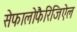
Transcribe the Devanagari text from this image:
सेफालोफैरिंजिऐल